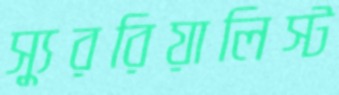
স্যুররিয়ালিস্ট